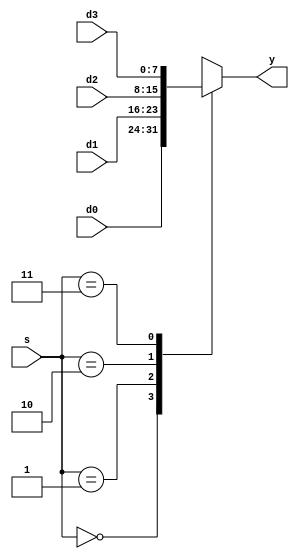
module mux4 #(parameter WIDTH = 8)
             (input      [WIDTH-1:0] d0, d1, d2, d3,
              input      [1:0]       s, 
              output reg [WIDTH-1:0] y);

   always @( * )
      case(s)
         2'b00: y <= d0;
         2'b01: y <= d1;
         2'b10: y <= d2;
         2'b11: y <= d3;
      endcase
endmodule